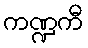
ကဏ္ဍကီ